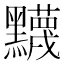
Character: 𬹛